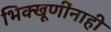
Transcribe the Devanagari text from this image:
भिक्खूणींनाही